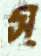
স্